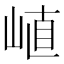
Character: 𡸜